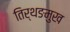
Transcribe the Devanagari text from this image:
तिर्थङमुख